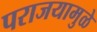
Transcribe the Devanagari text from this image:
पराजयामुळे